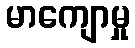
မာကျောမှု